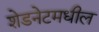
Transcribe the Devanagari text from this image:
शेडनेटमधील